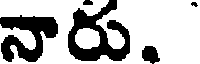
నారు.